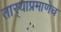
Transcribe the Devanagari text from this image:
तार्‍याप्रमाणेच